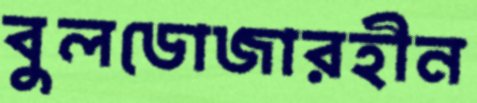
বুলডোজারহীন